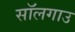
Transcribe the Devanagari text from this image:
सॉलगाउ